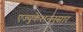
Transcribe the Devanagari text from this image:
एज्युकेशननुसार